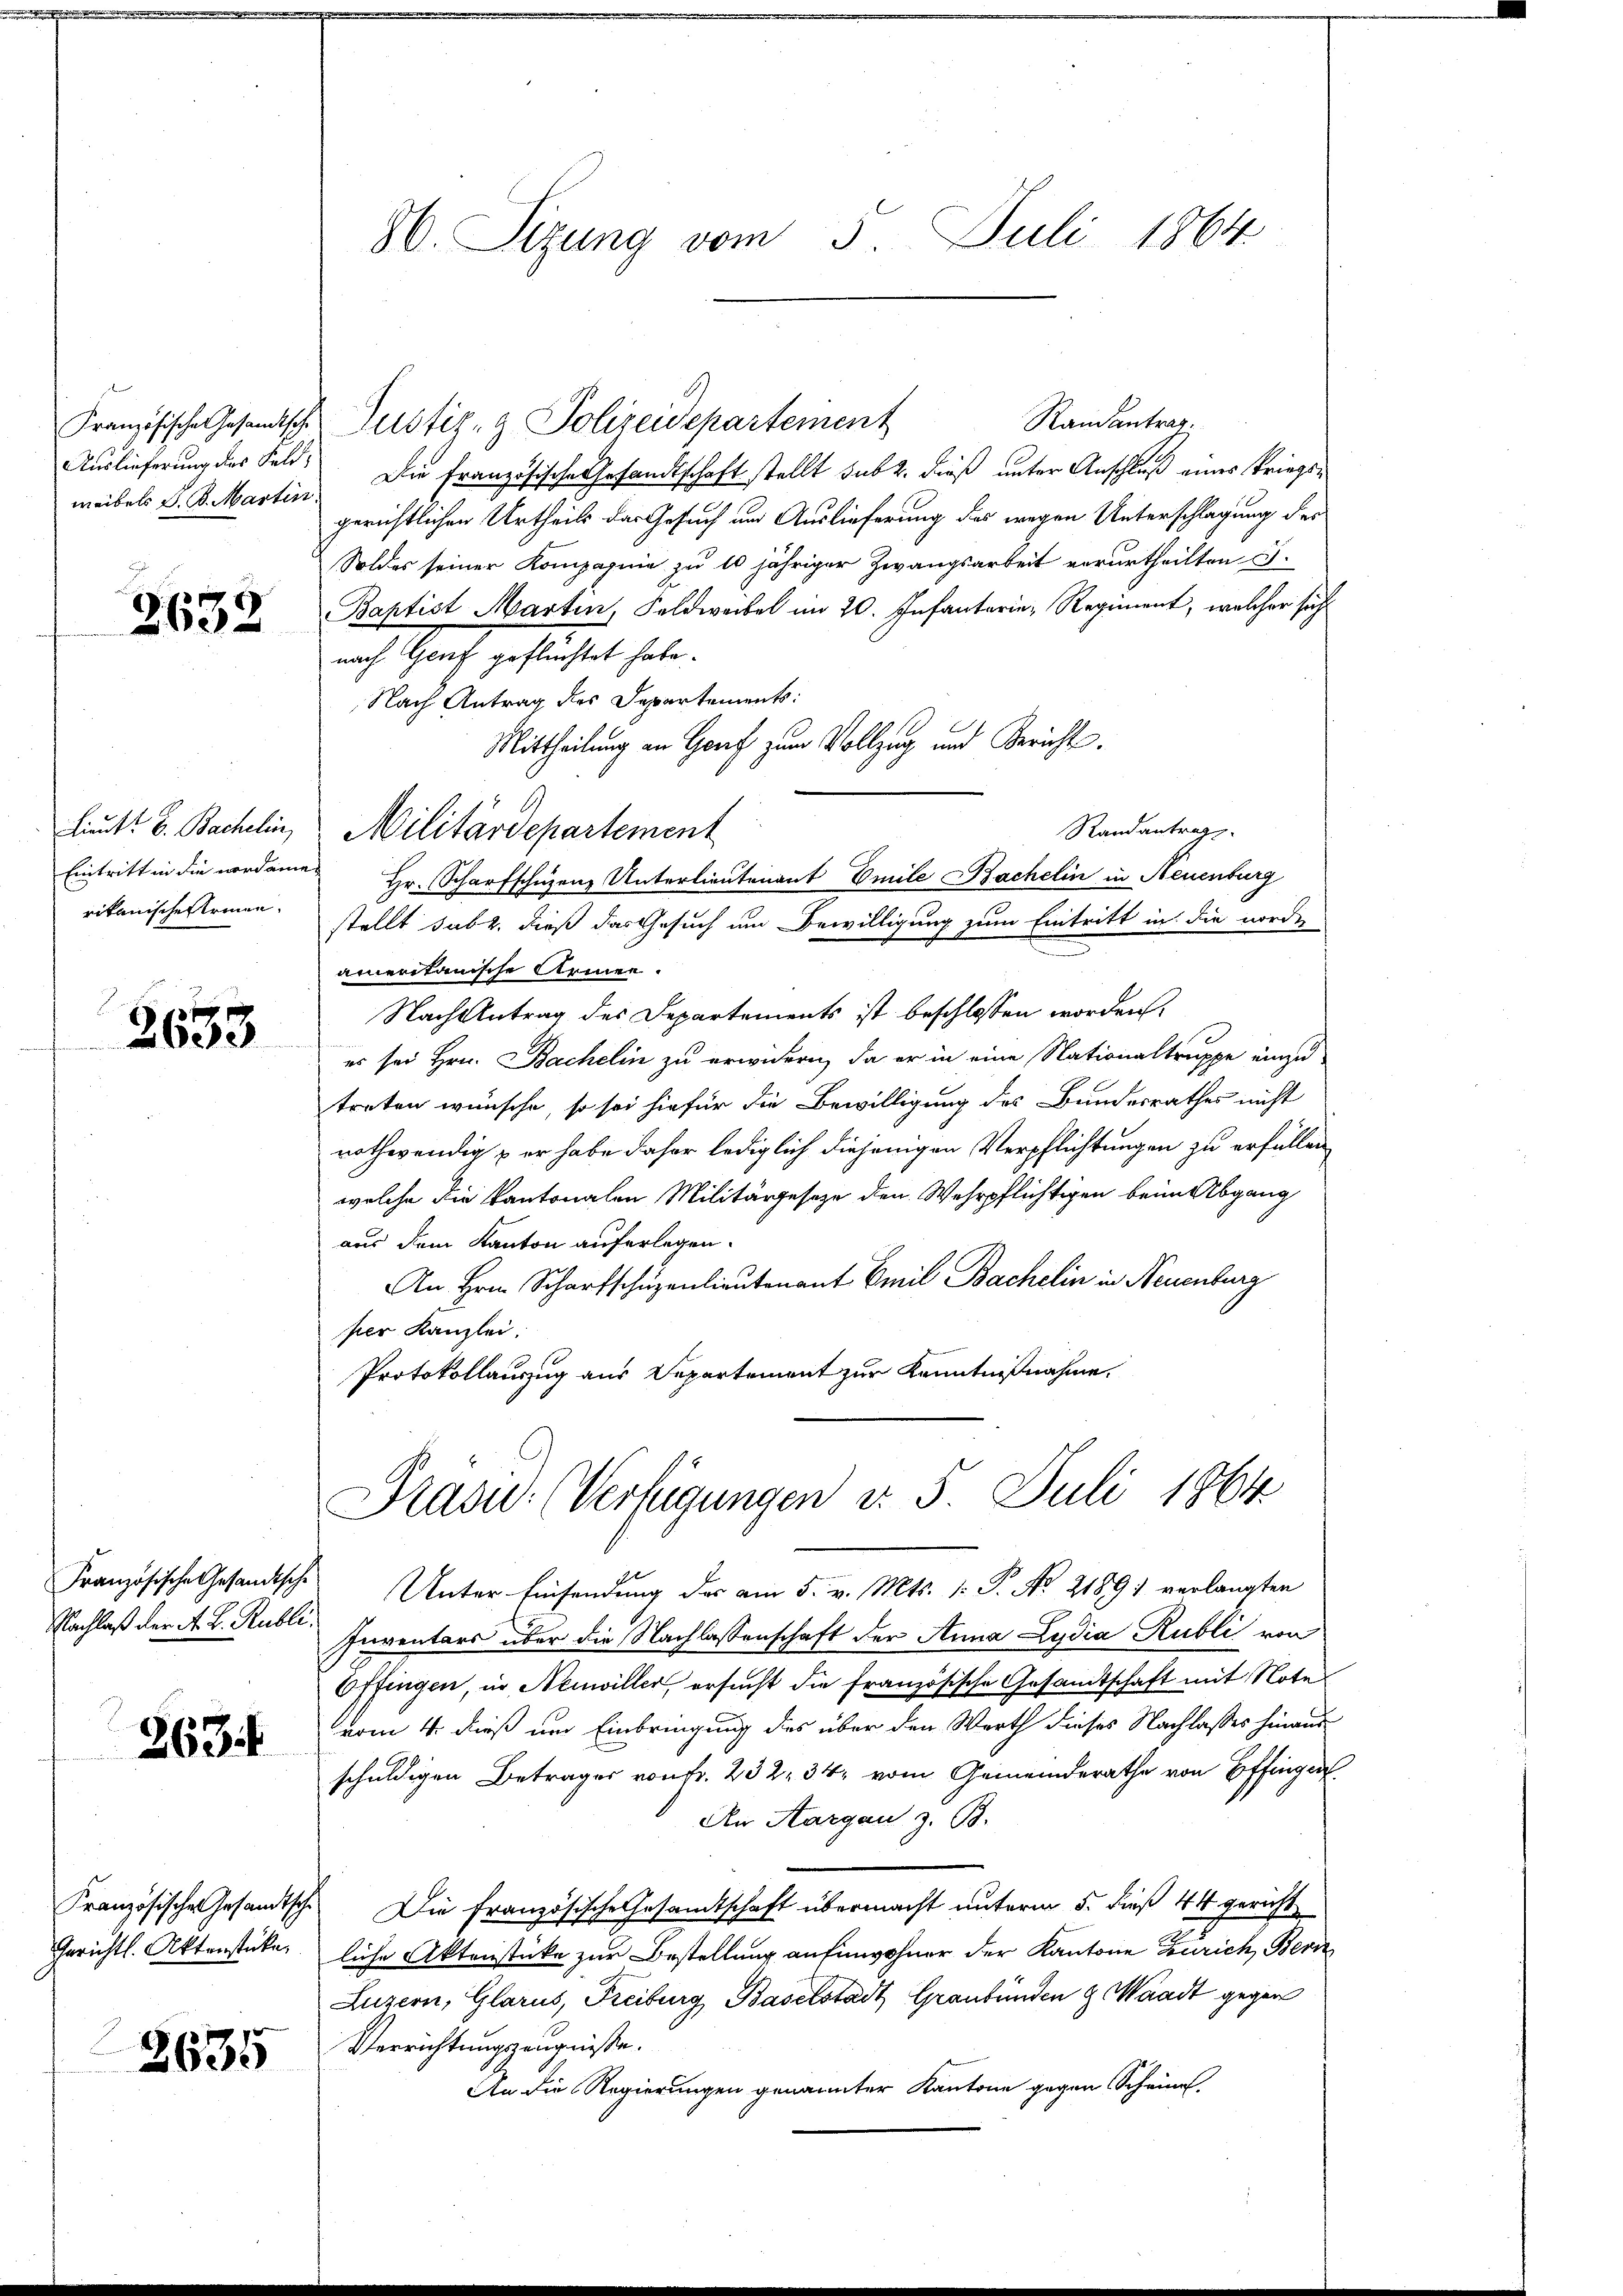
Auslieferung des Feld¬

2632

2633

Nachlaß der A. H. Rubli¬

263.

2635

Randantrag.
Französische Gesandtsche Justiz- & Polizeidepartement
meibels S. R.Martin. Die Französische Gesandtschaft stellt sub 2. dieß unter Anschluß eines Kriegsgerichtlichen Urtheils das Gesuch und Auslieferung des wegen Unterschlagung der
Soldes seiner Kompagnie zu 10 jähriger Zwangsarbeit verurtheilten S.
Baptist Martin, Feldweibel im 20. Infantarie, Regiment, welcher sich
nach Genf geflüchtet habe.
Nach Antrag des Departements:
Mittheilung an Gorf zum Vollzug und Bericht.
Randantrags
Eintritt in die nordame Hr. Scharfschuzenz Unterlieutenant Emile Bachelin in Neuenburg
rikanisches Armen stellt subz. dieß das Gesuch um Bewilligung zum Eintritt in die norden
ameritanische Armen.
Nach Antrag des Departements ist beschlossen worden.
es sei Hrn. Bachelin zu erwidern, da er in eine Nationaltruppe einzu
treten wünsche, so sei hiefür die Bewilligung des Bundesrathes nicht
nothwendig & er habe daher lediglich diejenigen Verpflichtungen zu erfüllen
welche die Kantonalen Militärgesetze den Wehrpflichtigen beim Abgang
aus dem Kanton auferlegen.
An Hrn. Scharfschüzenlieutenant Emil Bachelin in Neuenburg
per Kanzlei.
Protokollauszug aus Departement zur Kenntnißnahme.
Präsid.: (Verfügungen d. 5. Juli 1864
Französische Gesandtsche Unter Einsendung des am 5. v. Mts. 1. P. No. 21891 verlangten
Inventars über die Nachlassenschaft der Anna Lydia Kubli von
Offingen, in Neuviller, ersucht die französische Gesandtschaft mit Note
vom 4. dieß um Einbringung des über den Werth dieses Nachlasses hinausschuldigen Betrages von fr. 232. 34, vom Gemeinderathe von Effinger
An Aargau z. B.
Französische Gesandtsche Die französische Gesandtschaft übermacht unterm 5. dieß 44 gericht
Gerichtl. Aktenstücke liche Aktenstücke zur Bestellung an Einwohner der Kantone Zürich, Bern
Luzern, Glarus, Freiburg Baselstadt Graubünden & Waadt gegen
Verrichtungszeugnisse.
An die Regierungen genannter Kantone gegen Scheine

86. Sizung vom 5. Juli 1864

lit. B. Backelin, Militärdepartement